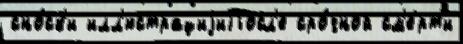
сно́ск'и илл'юстрациjиПосл'е сро́чной см'е́рт'и